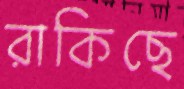
রাকিছে